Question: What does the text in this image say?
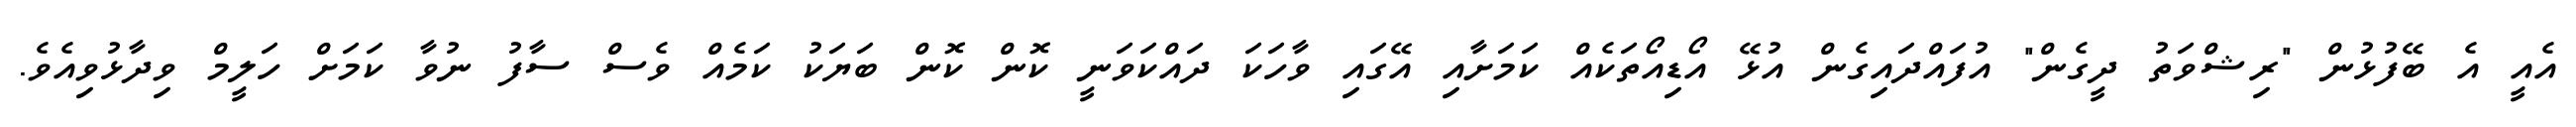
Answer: އެއީ އެ ބޭފުޅުން "ރިޝްވަތު ދީގެން" އުފައްދައިގެން އުޅޭ އޯޑިއޯތަކެއް ކަމަށާއި އޭގައި ވާހަކަ ދައްކަވަނީ ކޮން ކޮން ބަޔަކު ކަމެއް ވެސް ސާފު ނުވާ ކަމަށް ހަލީމް ވިދާޅުވިއެވެ.